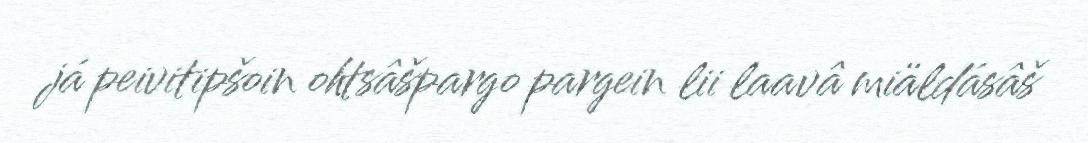
já peivitipšoin ohtsâšpargo pargein lii laavâ miäldásâš